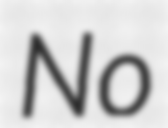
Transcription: No